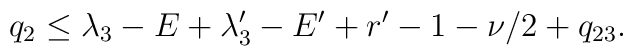
q_2\le\lambda_3-E+\lambda_3'-E'+r'-1-\nu/2+q_{23}.